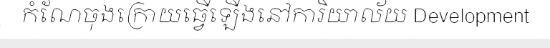
កំណែចុងក្រោយធ្វើឡើងនៅការិយាល័យ Development